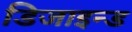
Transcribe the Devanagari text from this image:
डिजाइन्ड